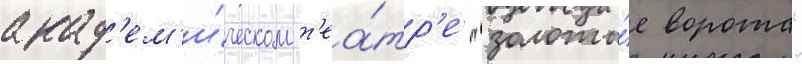
акад'ем'и́ческом т'еа́тр'е "золоты́е ворота"